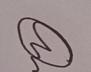
Signature authenticity: genuine